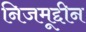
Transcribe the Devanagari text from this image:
निजमूद्दीन